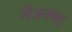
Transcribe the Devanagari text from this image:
विजयबाहु